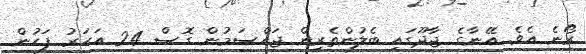
ރޯނެ އެވެ. އޭނާގެ ޖާދޫގައި ބެލުންތެރިން ޖައްސަމުން ގޮސް 24 އަހަރު ފަހުން